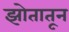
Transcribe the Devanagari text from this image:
झोतातून